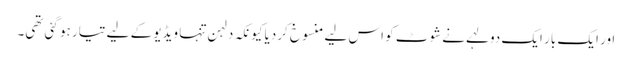
اور ایک بار ایک دولہے نے شوٹ کو اس لیے منسوخ کردیا کیونکہ دلہن تنہا ویڈیو کے لیے تیار ہو گئی تھی۔